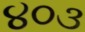
૪૦૩